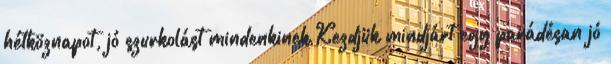
hétköznapot, jó szurkolást mindenkinek Kezdjük mindjárt egy parádésan jó